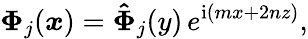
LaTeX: \boldsymbol{\Phi}_{j}(\boldsymbol{x})=\boldsymbol{\hat{\Phi}}_{j}(y)\, e^{\mathrm{i}(mx+2nz)},